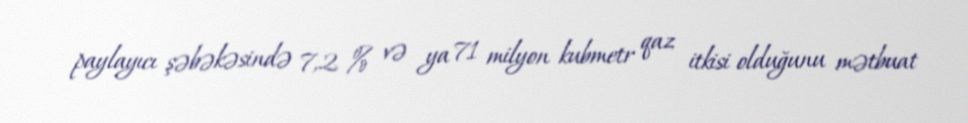
paylayıcı şəbəkəsində 7,2 % və ya 71 milyon kubmetr qaz itkisi olduğunu mətbuat